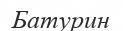
Батурин